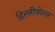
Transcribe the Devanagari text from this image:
हिल्लीवोरस